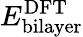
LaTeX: E_{\mathrm{bilayer}}^{\mathrm{{DFT}}}